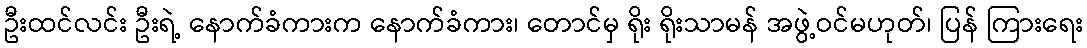
ဦးထင်လင်း ဦးရဲ့ နောက်ခံကားက နောက်ခံကား၊ တောင်မှ ရိုး ရိုးသာမန် အဖွဲ့ဝင်မဟုတ်၊ ပြန် ကြားရေး